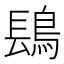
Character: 𬷔